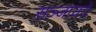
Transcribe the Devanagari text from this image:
सञ्जायते